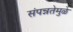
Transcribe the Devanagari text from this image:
संपन्नतेमुळे